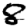
Digit: 8